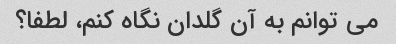
می توانم به آن گلدان نگاه کنم، لطفا؟